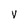
Character: y